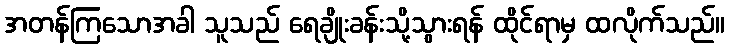
အတန်ကြသောအခါ သူသည် ရေချိုးခန်းသို့သွားရန် ထိုင်ရာမှ ထလိုက်သည်။